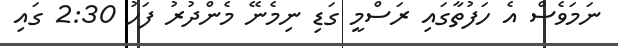
ނަމަވެސް އެ ހަފުތާގައި ރަސްމީ ގަޑި ނިމެނޭ މެންދުރު ފަހު 2:30 ގައި